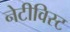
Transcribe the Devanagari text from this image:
नेटीविस्ट